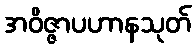
အဝိဇ္ဇာပဟာနသုတ်